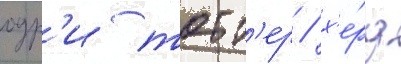
одр'и тотт'ер / х'е́рд